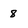
Character: 8